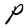
Character: P